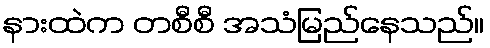
နားထဲက တစီစီ အသံမြည်နေသည်။